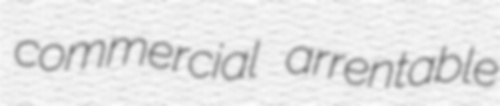
commercial arrentable